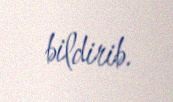
bildirib.